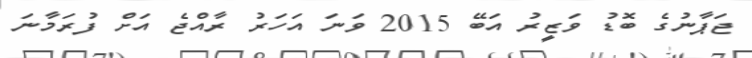
ޖަޕާނުގެ ބޮޑު ވަޒީރު އަބޭ 2015 ވަނަ އަހަރު ރާއްޖެ އަށް ފުރަމާނަ